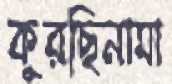
কুরছিনামা